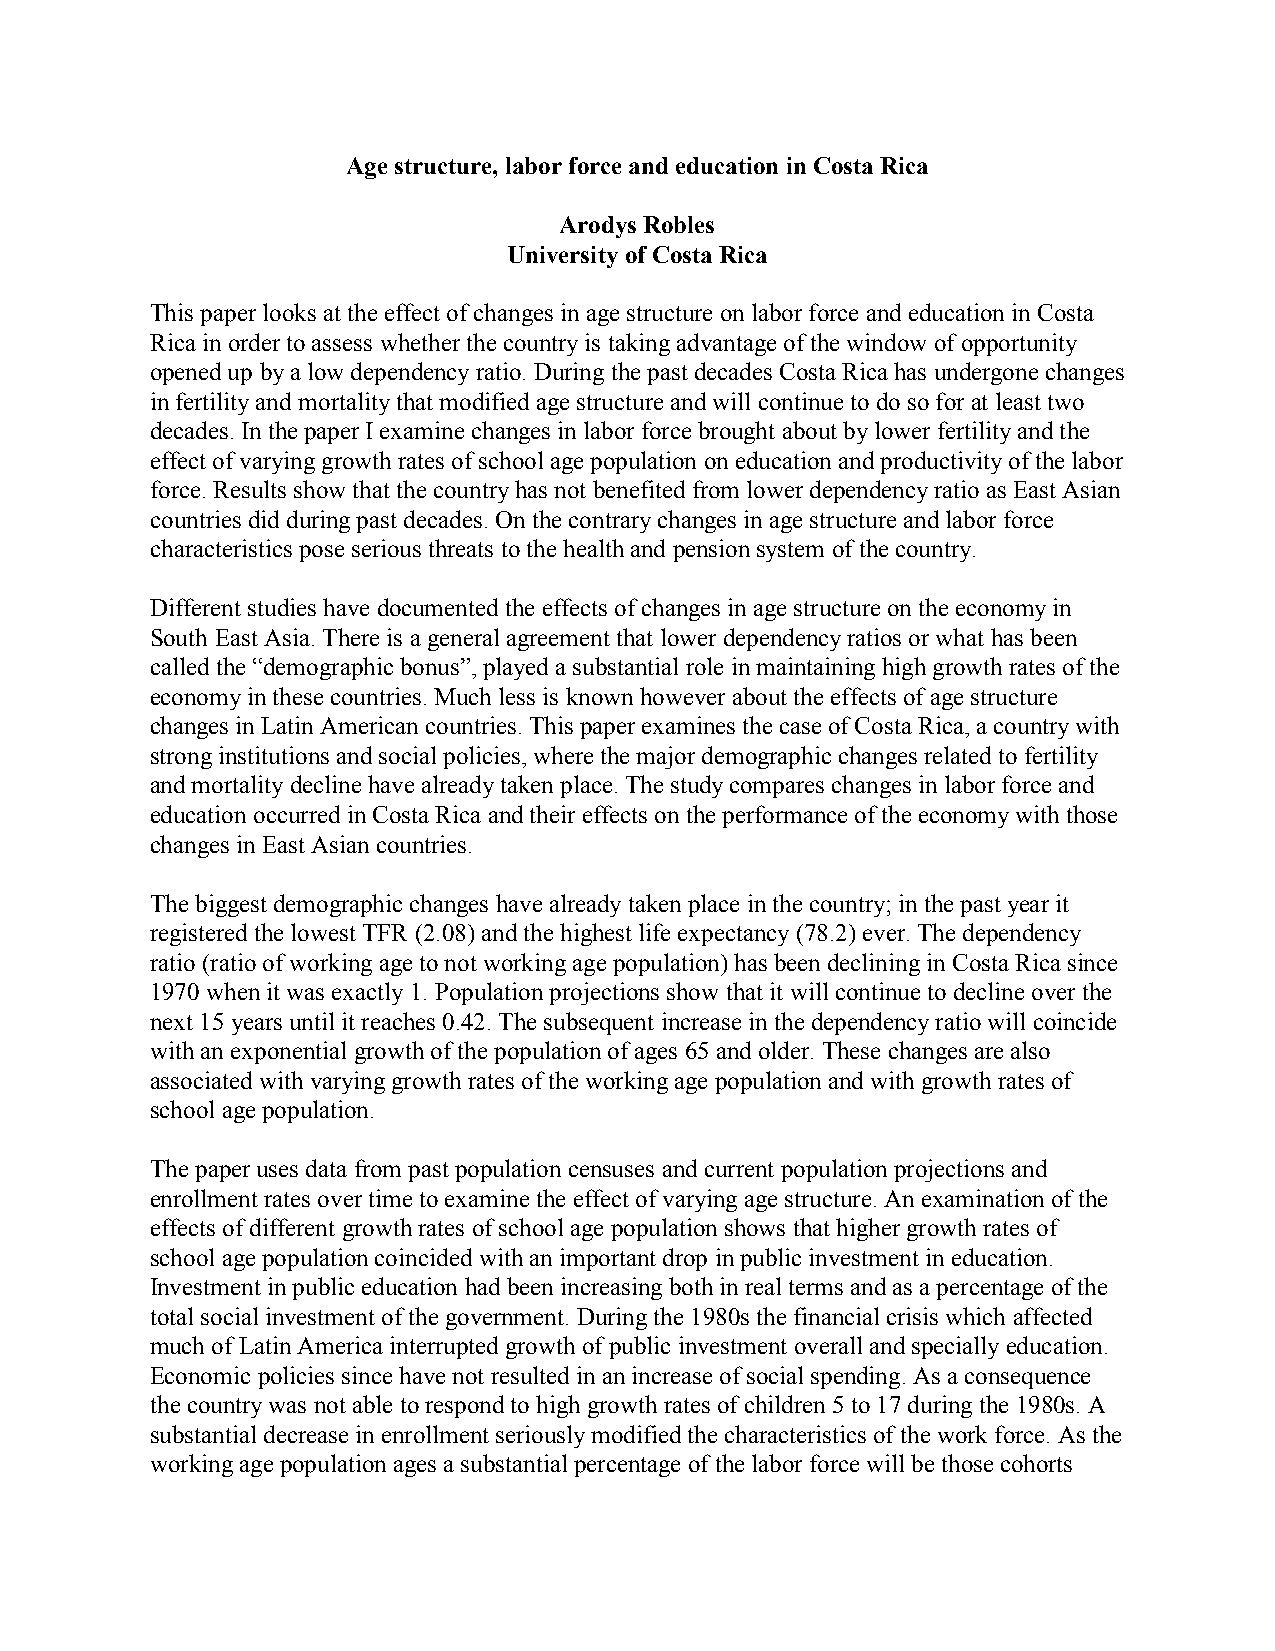
Age structure, labor force and education in Costa Rica
 Arodys Robles
 University of Costa Rica
 This paper looks at the effect of changes in age structure on labor force and education in Costa
 Rica in order to assess whether the country is taking advantage of the window of opportunity
 opened up by a low dependency ratio. During the past decades Costa Rica has undergone changes
 in fertility and mortality that modified age structure and will continue to do so for at least two
 decades. In the paper I examine changes in labor force brought about by lower fertility and the
 effect of varying growth rates of school age population on education and productivity of the labor
 force. Results show that the country has not benefited from lower dependency ratio as East Asian
 countries did during past decades. On the contrary changes in age structure and labor force
 characteristics pose serious threats to the health and pension system of the country.
 Different studies have documented the effects of changes in age structure on the economy in
 South East Asia. There is a general agreement that lower dependency ratios or what has been
 called the “demographic bonus”, played a substantial role in maintaining high growth rates of the
 economy in these countries. Much less is known however about the effects of age structure
 changes in Latin American countries. This paper examines the case of Costa Rica, a country with
 strong institutions and social policies, where the major demographic changes related to fertility
 and mortality decline have already taken place. The study compares changes in labor force and
 education occurred in Costa Rica and their effects on the performance of the economy with those
 changes in East Asian countries.
 The biggest demographic changes have already taken place in the country; in the past year it
 registered the lowest TFR (2.08) and the highest life expectancy (78.2) ever. The dependency
 ratio (ratio of working age to not working age population) has been declining in Costa Rica since
 1970 when it was exactly 1. Population projections show that it will continue to decline over the
 next 15 years until it reaches 0.42. The subsequent increase in the dependency ratio will coincide
 with an exponential growth of the population of ages 65 and older. These changes are also
 associated with varying growth rates of the working age population and with growth rates of
 school age population.
 The paper uses data from past population censuses and current population projections and
 enrollment rates over time to examine the effect of varying age structure. An examination of the
 effects of different growth rates of school age population shows that higher growth rates of
 school age population coincided with an important drop in public investment in education.
 Investment in public education had been increasing both in real terms and as a percentage of the
 total social investment of the government. During the 1980s the financial crisis which affected
 much of Latin America interrupted growth of public investment overall and specially education.
 Economic policies since have not resulted in an increase of social spending. As a consequence
 the country was not able to respond to high growth rates of children 5 to 17 during the 1980s. A
 substantial decrease in enrollment seriously modified the characteristics of the work force. As the
 working age population ages a substantial percentage of the labor force will be those cohorts